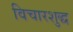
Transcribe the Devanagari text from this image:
विचारशुद्ध